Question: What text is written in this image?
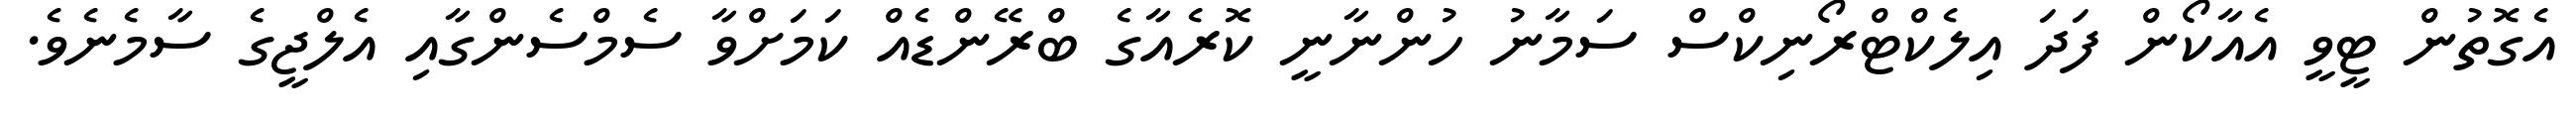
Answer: އެގޮތުން ޓީވީ އެއާކޯން ފަދަ އިލެކްޓްރޯނިކްސް ސަމާނު ހުންނާނީ ކޮރެއާގެ ބްރޭންޑެއް ކަމަށްވާ ސެމްސެންގާއި އެލްޖީގެ ސާމެނެވެ.